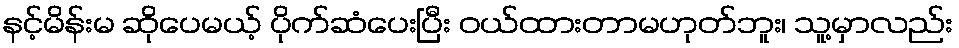
နင့်မိန်းမ ဆိုပေမယ့် ပိုက်ဆံပေးပြီး ဝယ်ထားတာမဟုတ်ဘူး၊ သူ့မှာလည်း